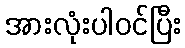
အားလုံးပါဝင်ပြီး